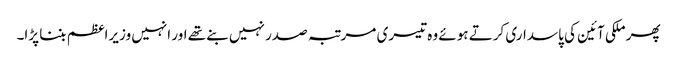
پھر ملکی آئین کی پاسداری کرتے ہوئے وہ تیسری مرتبہ صدر نہیں بنے تھے اور انہیں وزیراعظم بننا پڑا۔